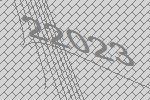
22023